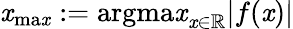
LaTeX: \mathit{x}_{\mathrm{{ma\mathit{x}}}}:=\mathrm{{argma\mathit{x}}}_{\mathit{x}\in\mathbb{{R}}}|f(\mathit{x})|